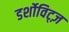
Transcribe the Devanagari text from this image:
डर्शोविट्ज़